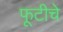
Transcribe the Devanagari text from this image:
फूटीचे